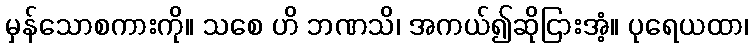
မှန်သောစကားကို။ သစေ ဟိ ဘဏသိ၊ အကယ်၍ဆိုငြားအံ့။ ပုရေယထာ၊